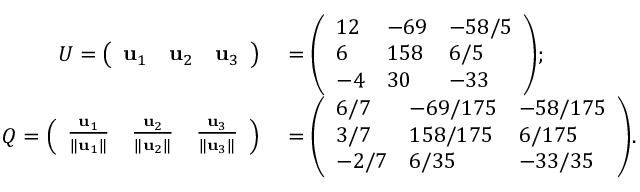
\begin{array} { r l } { U = { \left( \begin{array} { l l l } { \mathbf { u } _ { 1 } } & { \mathbf { u } _ { 2 } } & { \mathbf { u } _ { 3 } } \end{array} \right) } } & { { } = { \left( \begin{array} { l l l } { 1 2 } & { - 6 9 } & { - 5 8 / 5 } \\ { 6 } & { 1 5 8 } & { 6 / 5 } \\ { - 4 } & { 3 0 } & { - 3 3 } \end{array} \right) } ; } \\ { Q = { \left( \begin{array} { l l l } { { \frac { \mathbf { u } _ { 1 } } { \| \mathbf { u } _ { 1 } \| } } } & { { \frac { \mathbf { u } _ { 2 } } { \| \mathbf { u } _ { 2 } \| } } } & { { \frac { \mathbf { u } _ { 3 } } { \| \mathbf { u } _ { 3 } \| } } } \end{array} \right) } } & { { } = { \left( \begin{array} { l l l } { 6 / 7 } & { - 6 9 / 1 7 5 } & { - 5 8 / 1 7 5 } \\ { 3 / 7 } & { 1 5 8 / 1 7 5 } & { 6 / 1 7 5 } \\ { - 2 / 7 } & { 6 / 3 5 } & { - 3 3 / 3 5 } \end{array} \right) } . } \end{array}